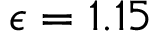
\epsilon = 1 . 1 5